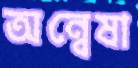
অন্বেষা